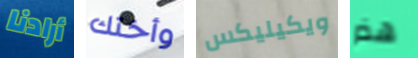
أرادنا وأختك ويكيليكس هذر